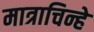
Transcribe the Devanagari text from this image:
मात्राचिन्हे